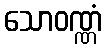
သောဝဏ္ဏံ